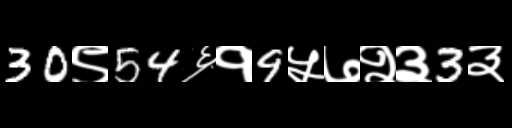
Text: 30९54६१9५७२३3३